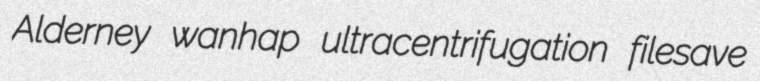
Alderney wanhap ultracentrifugation filesave